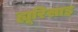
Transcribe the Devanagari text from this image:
ह्यूरिसाइ